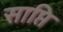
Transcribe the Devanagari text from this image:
साप्ति